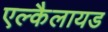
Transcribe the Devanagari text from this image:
एल्कैलायड